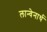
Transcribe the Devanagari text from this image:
लान्वेनार्थ